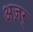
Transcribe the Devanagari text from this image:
अज़र्